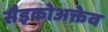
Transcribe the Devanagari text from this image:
सैइकोअक्तेव